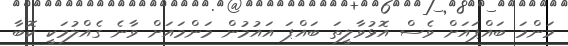
މަންމަ ބައްޕައަށް ވެސް އޮޅުވާލީތަ ބައްޕަ އައުމުން މަންމައަށް ވާނެ ގެއްލުމަކީ ކޮބާ